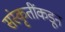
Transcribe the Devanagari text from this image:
संस्कृतींकडून